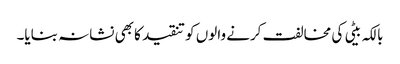
بالکہ بیٹی کی مخالفت کرنے والوں کو تنقید کا بھی نشانہ بنایا۔